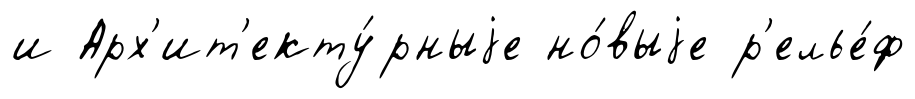
и Арх'ит'екту́рныjе но́выjе р'елье́ф